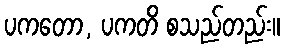
ပကတော, ပကတိ စသည်တည်း။